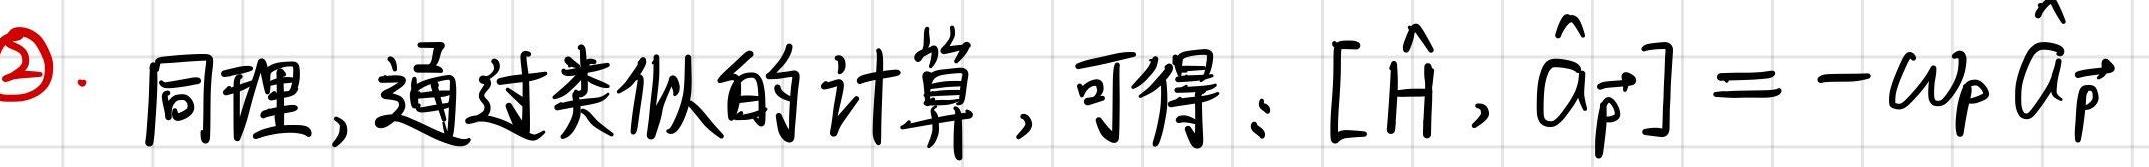
$\textcircled{2}$. 同理, 通过类似的计算, 可得: $[\hat{H}, \hat{a}_{\vec{p}}]=-\omega_{\vec{p}} \hat{a}_{\vec{p}}$